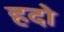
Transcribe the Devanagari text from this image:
हदो